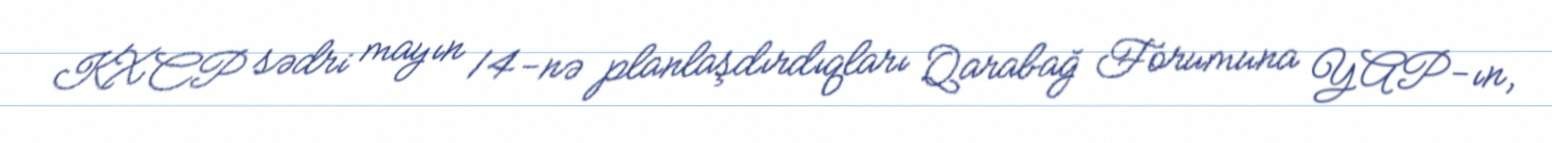
KXCP sədri mayın 14-nə planlaşdırdıqları Qarabağ Forumuna YAP-ın,